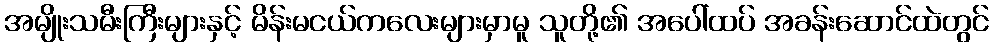
အမျိုးသမီးကြီးများနှင့် မိန်းမငယ်ကလေးများမှာမူ သူတို့၏ အပေါ်ထပ် အခန်းဆောင်ထဲတွင်